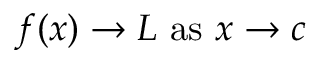
f ( x ) \to L { \mathrm { ~ a s ~ } } x \to c